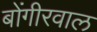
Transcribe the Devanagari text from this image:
बोंगीरवाल